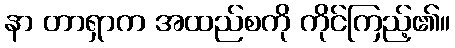
နာ တာရှာက အထည်စကို ကိုင်ကြည့်၏။